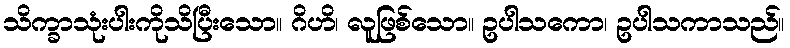
သိက္ခာသုံးပါးကိုသိပြီးသော။ ဂိဟိ၊ လူဖြစ်သော။ ဥပါသကော၊ ဥပါသကာသည်။